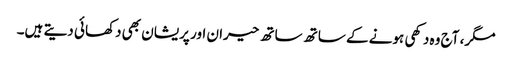
مگر، آج وہ دکھی ہونے کے ساتھ ساتھ حیران اور پریشان بھی دکھائی دیتے ہیں۔